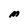
Character: M